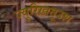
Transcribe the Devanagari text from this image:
ज़्यूरिख़तूउश